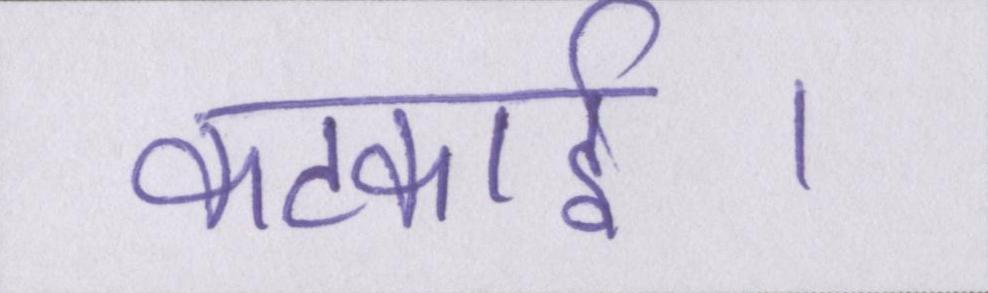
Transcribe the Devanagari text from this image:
कटकाई।